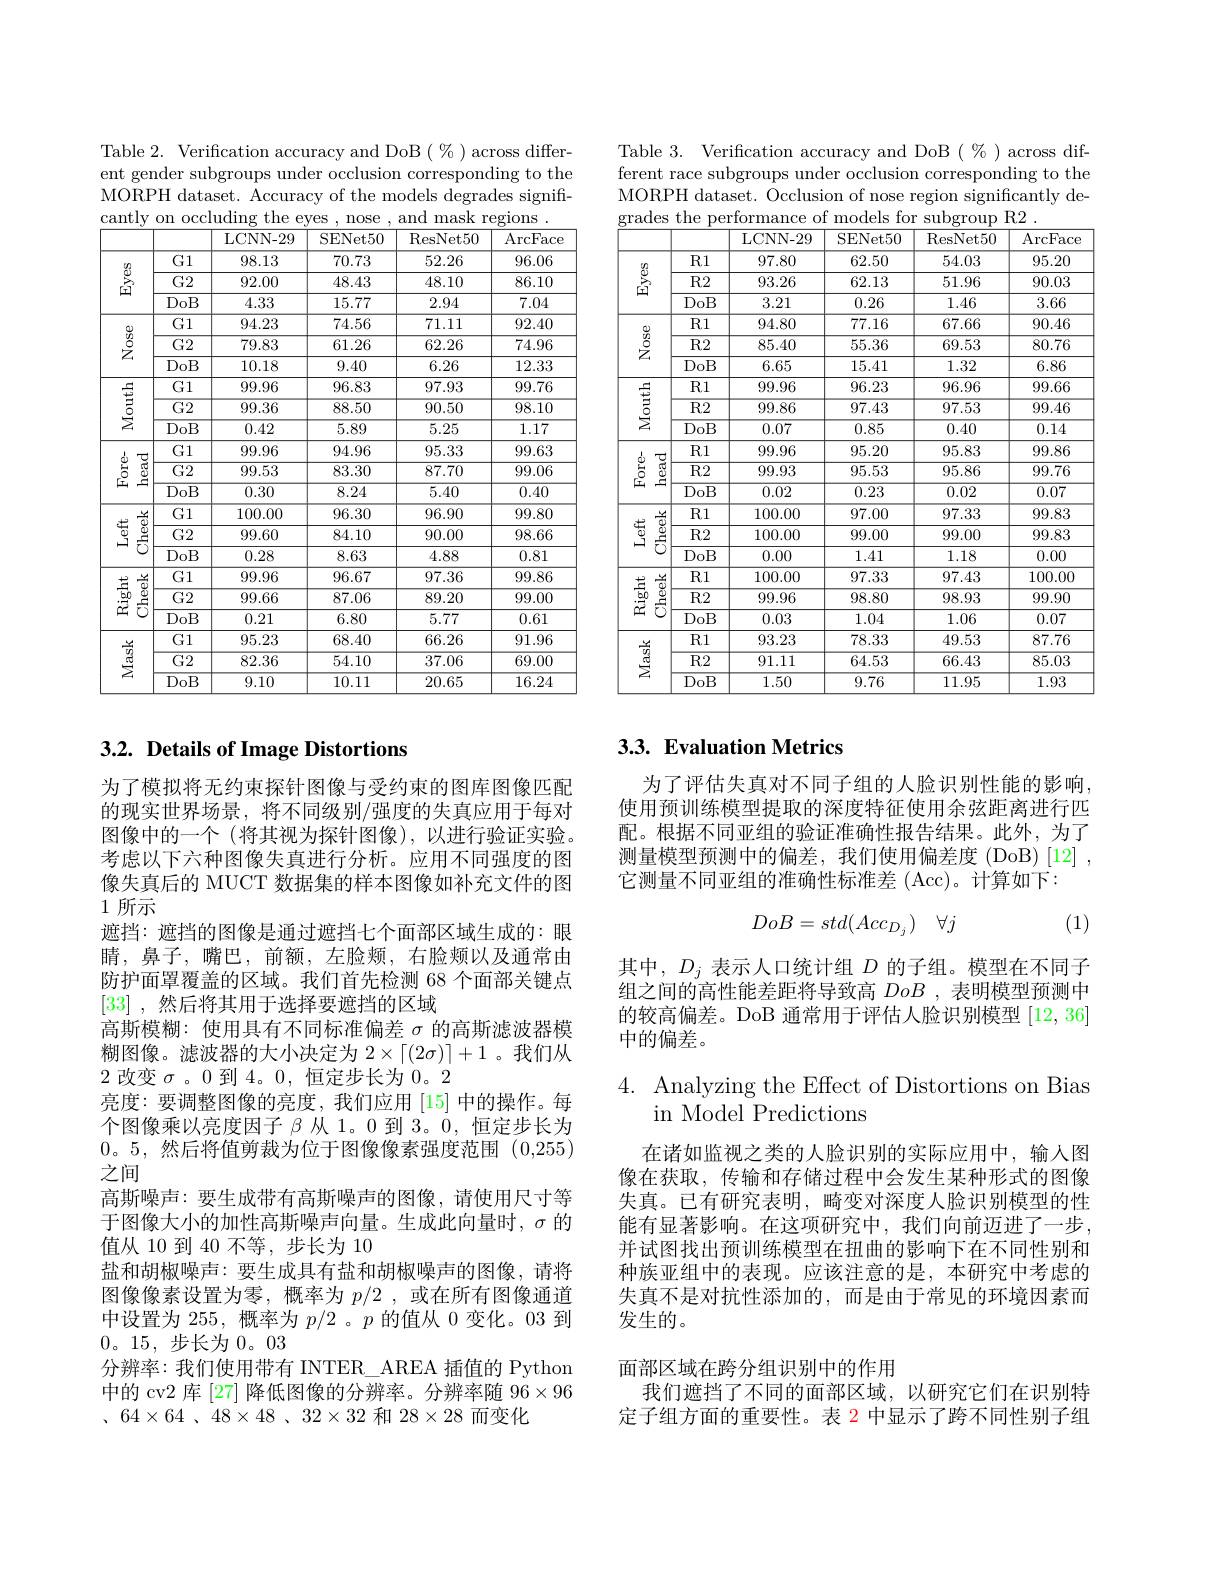
Table 2. Verification accuracy and DoB $(\%)$ across different gender subgroups under occlusion corresponding to the MORPH dataset. Accuracy of the models degrades signif-
<table>
	<tbody>
		<tr>
			<th> </th>
			<th> </th>
			<th>LCNN- 29</th>
			<th>SENet50</th>
			<th>ResNet50</th>
			<th>$\operatorname{ArcFace}$</th>
		</tr>
		<tr>
			<td rowspan="3">臺</td>
			<td>G1</td>
			<td>98.13</td>
			<td>70.73</td>
			<td>52.26</td>
			<td>96.06</td>
		</tr>
		<tr>
			<td>$G2$</td>
			<td>92.00</td>
			<td>48.43</td>
			<td>48.10</td>
			<td>86.10</td>
		</tr>
		<tr>
			<td>DoB</td>
			<td>4.33</td>
			<td>15.77</td>
			<td>2.94</td>
			<td>7.04</td>
		</tr>
		<tr>
			<td rowspan="3">$\stackrel{\textcircled{5}}{Z}$</td>
			<td>G1</td>
			<td>94.23</td>
			<td>74.56</td>
			<td>71.11</td>
			<td>92.40</td>
		</tr>
		<tr>
			<td>$\overline{\mathrm{G2}}$</td>
			<td>79.83</td>
			<td>61.26</td>
			<td>62.26</td>
			<td>74.96</td>
		</tr>
		<tr>
			<td>DoB</td>
			<td>10.18</td>
			<td>9.40</td>
			<td>6.26</td>
			<td>12.33</td>
		</tr>
		<tr>
			<td rowspan="3">$\begin{array}{c}{\frac{5}{3}}\\{\frac{5}{2}}\\\end{array}$</td>
			<td>G1</td>
			<td>99.96</td>
			<td>96.83</td>
			<td>97.93</td>
			<td>99.76</td>
		</tr>
		<tr>
			<td>$G2$</td>
			<td>99.36</td>
			<td>88.50</td>
			<td>90.50</td>
			<td>98.10</td>
		</tr>
		<tr>
			<td>DoB</td>
			<td>0.42</td>
			<td>5.89</td>
			<td>5.25</td>
			<td>1.17</td>
		</tr>
		<tr>
			<td rowspan="3">$\begin{array}{c}{\stackrel{1}{5}}\\{\stackrel{1}{5}{\pm}}\\\end{array}$ $\underline{\underline{a}}$</td>
			<td>G1</td>
			<td>99.96</td>
			<td>94.96</td>
			<td>95.33</td>
			<td>99.63</td>
		</tr>
		<tr>
			<td>$G2$</td>
			<td>99.53</td>
			<td>83.30</td>
			<td>87.70</td>
			<td>99.06</td>
		</tr>
		<tr>
			<td>DoB</td>
			<td>0.30</td>
			<td>8.24</td>
			<td>5.40</td>
			<td>0.40</td>
		</tr>
		<tr>
			<td rowspan="3">$\begin{array}{c}{\frac{\overrightarrow{\Phi}}{\textcircled{9}}}\\{\textcircled{5}}\\\end{array}$ </td>
			<td>G1</td>
			<td>100.00</td>
			<td>96.30</td>
			<td>96.90</td>
			<td>99.80</td>
		</tr>
		<tr>
			<td>$G2$</td>
			<td>99.60</td>
			<td>84.10</td>
			<td>90.00</td>
			<td>98.66</td>
		</tr>
		<tr>
			<td>DoB</td>
			<td>0.28</td>
			<td>8.63</td>
			<td>4.88</td>
			<td>0.81</td>
		</tr>
		<tr>
			<td rowspan="3">$\frac{\frac{50}{60}}{2}$ </td>
			<td>G1</td>
			<td>99.96</td>
			<td>96.67</td>
			<td>97.36</td>
			<td>99.86</td>
		</tr>
		<tr>
			<td>$G2$</td>
			<td>99.66</td>
			<td>87.06</td>
			<td>89.20</td>
			<td>99.00</td>
		</tr>
		<tr>
			<td>DoB</td>
			<td>0.21</td>
			<td>6.80</td>
			<td>5.77</td>
			<td>0.61</td>
		</tr>
		<tr>
			<td rowspan="3">$\stackrel{\stackrel{\rightharpoonup}{\underrightarrow{\underrightarrow{n}}}}{\stackrel{\Delta}{\operatorname*{\sum}}}$</td>
			<td>G1</td>
			<td>95.23</td>
			<td>68.40</td>
			<td>66.26</td>
			<td>91.96</td>
		</tr>
		<tr>
			<td>$G2$</td>
			<td>82.36</td>
			<td>54.10</td>
			<td>37.06</td>
			<td>69.00</td>
		</tr>
		<tr>
			<td>DoB</td>
			<td>9.10</td>
			<td>10.11</td>
			<td>20.65</td>
			<td>16.24</td>
		</tr>
	</tbody>
</table>

## 3.2. Details of Image Distortions

为了模拟将无约束探针图像与受约束的图库图像匹配的现实世界场景，将不同级别/强度的失真应用于每对图像中的一个 (将其视为探针图像),以进行验证实验。考虑以下六种图像失真进行分析。应用不同强度的图像失真后的 MUCT 数据集的样本图像如补充文件的图1 所示
遮挡：遮挡的图像是通过遮挡七个面部区域生成的：眼睛，鼻子，嘴巴，前额，左脸颊，右脸颊以及通常由防护面罩覆盖的区域。我们首先检测 68 个面部关键点[33] ,然后将其用于选择要遮挡的区域
高斯模糊：使用具有不同标准偏差$\sigma$的高斯滤波器模糊图像。滤波器的大小决定为$2\times\lceil(2\sigma)\rceil+1$ 。我们从2改变$\sigma$ 。0到4。0,恒定步长为0。2
亮度：要调整图像的亮度，我们应用[15]中的操作。每个图像乘以亮度因子$\beta$从 1。0 到 3。0, 恒定步长为0。5,然后将值剪裁为位于图像像素强度范围(0,255) 之间
高斯噪声：要生成带有高斯噪声的图像，请使用尺寸等于图像大小的加性高斯噪声向量。生成此向量时，$\sigma$的值从 10 到 40 不等，步长为 10
盐和胡椒噪声：要生成具有盐和胡椒噪声的图像，请将图像像素设置为零，概率为$p/2$ ,或在所有图像通道中设置为255，概率为$p/2$ 。$p$的值从 0 变化。03 到0。15,步长为0。03
分辨率：我们使用带有 INTER\_AREA 插值的 Python 中的 cv2 库 [27] 降低图像的分辨率。分辨率随$96\times96$ $、 64\times 64$ $、 48\times 48$ $、 32\times 32$和$28\times28$而变化

Table 3. Verification accuracy and DoB $(\%)$ across different race subgroups under occlusion corresponding to the MORPH dataset. Occlusion of nose region significantly de-
<table>
	<tbody>
		<tr>
			<th> </th>
			<th> </th>
			<th>LCNN- 29</th>
			<th>SENet50</th>
			<th>ResNet50</th>
			<th>ArcFace</th>
		</tr>
		<tr>
			<td rowspan="3">$\overset{\textcircled{8}}{\operatorname*{\operatorname*{\operatorname*{\mathrm{G}}}}}$</td>
			<td>$R1$</td>
			<td>97.80</td>
			<td>62.50</td>
			<td>54.03</td>
			<td>95.20</td>
		</tr>
		<tr>
			<td>$R2$</td>
			<td>93.26</td>
			<td>62.13</td>
			<td>51.96</td>
			<td>90.03</td>
		</tr>
		<tr>
			<td>DoB</td>
			<td>3.21</td>
			<td>0.26</td>
			<td>1.46</td>
			<td>3.66</td>
		</tr>
		<tr>
			<td rowspan="3">$\begin{array}{c}\frac{0}{2}\\\frac{0}{2}\\\frac{0}{2}\end{array}$</td>
			<td>$R1$</td>
			<td>94.80</td>
			<td>77.16</td>
			<td>67.66</td>
			<td>90.46</td>
		</tr>
		<tr>
			<td>$R2$</td>
			<td>85.40</td>
			<td>55.36</td>
			<td>69.53</td>
			<td>80.76</td>
		</tr>
		<tr>
			<td>DoB</td>
			<td>6.65</td>
			<td>15.41</td>
			<td>1.32</td>
			<td>6.86</td>
		</tr>
		<tr>
			<td rowspan="3">$\begin{array}{c}{\frac{5}{3}}\\{\frac{5}{2}}\\\end{array}$</td>
			<td>$R1$</td>
			<td>99.96</td>
			<td>96.23</td>
			<td>96.96</td>
			<td>99.66</td>
		</tr>
		<tr>
			<td>$R2$</td>
			<td>99.86</td>
			<td>97.43</td>
			<td>97.53</td>
			<td>99.46</td>
		</tr>
		<tr>
			<td>DoB</td>
			<td>0.07</td>
			<td>0.85</td>
			<td>0.40</td>
			<td>0.14</td>
		</tr>
		<tr>
			<td rowspan="3">$\stackrel{\dot{\varrho}}{\underline{\Xi}}$ $\underline{\underline{a}}$</td>
			<td>R1</td>
			<td>99.96</td>
			<td>95.20</td>
			<td>95.83</td>
			<td>99.86</td>
		</tr>
		<tr>
			<td>$R2$</td>
			<td>99.93</td>
			<td>95.53</td>
			<td>95.86</td>
			<td>99.76</td>
		</tr>
		<tr>
			<td>$\overline{\mathrm{DoB}}$</td>
			<td>0.02</td>
			<td>0.23</td>
			<td>0.02</td>
			<td>0.07</td>
		</tr>
		<tr>
			<td rowspan="3">$\begin{array}{c}{\frac{\overrightarrow{\Phi}}{\textcircled{9}}}\\{\textcircled{5}}\\\end{array}$ </td>
			<td>R1</td>
			<td>100.00</td>
			<td>97.00</td>
			<td>97.33</td>
			<td>99.83</td>
		</tr>
		<tr>
			<td>$R2$</td>
			<td>100.00</td>
			<td>99.00</td>
			<td>99.00</td>
			<td>99.83</td>
		</tr>
		<tr>
			<td>DoB</td>
			<td>0.00</td>
			<td>1.41</td>
			<td>1.18</td>
			<td>0.00</td>
		</tr>
		<tr>
			<td rowspan="3">$\frac{\frac{50}{60}}{2}$ $\begin{smallmatrix}\frac{\overrightarrow{\Phi}}{\overrightarrow{\Phi}}\\\textcircled{5}\end{smallmatrix}$</td>
			<td>$R1$</td>
			<td>100.00</td>
			<td>97.33</td>
			<td>97.43</td>
			<td>100.00</td>
		</tr>
		<tr>
			<td>$R2$</td>
			<td>99.96</td>
			<td>98.80</td>
			<td>98.93</td>
			<td>99.90</td>
		</tr>
		<tr>
			<td>DoB</td>
			<td>0.03</td>
			<td>1.04</td>
			<td>1.06</td>
			<td>0.07</td>
		</tr>
		<tr>
			<td rowspan="3">$\sum_{i=1}^{\frac{1}{n}}$</td>
			<td>$R1$</td>
			<td>93.23</td>
			<td>78.33</td>
			<td>49.53</td>
			<td>87.76</td>
		</tr>
		<tr>
			<td>$\overline{\mathrm{R2}}$</td>
			<td>91.11</td>
			<td>64.53</td>
			<td>66.43</td>
			<td>85.03</td>
		</tr>
		<tr>
			<td>DoB</td>
			<td>1.50</td>
			<td>9.76</td>
			<td>11.95</td>
			<td>1.93</td>
		</tr>
	</tbody>
</table>

## 3.3. Evaluation Metrics

为了评估失真对不同子组的人脸识别性能的影响使用预训练模型提取的深度特征使用余弦距离进行匹配。根据不同亚组的验证准确性报告结果。此外，为了测量模型预测中的偏差，我们使用偏差度(DoB)[12] 它测量不同亚组的准确性标准差 (Acc)。计算如下：
$$DoB=std(Acc_{D_j})\quad\forall j$$
(1)

其中，$D_j$表示人口统计组$D$的子组。模型在不同子组之间的高性能差距将导致高DoB ,表明模型预测中的较高偏差。DoB 通常用于评估人脸识别模型[12,36] 中的偏差。

4. Analyzing the Effect of Distortions on Bias
in Model Predictions

在诸如监视之类的人脸识别的实际应用中，输入图像在获取，传输和存储过程中会发生某种形式的图像失真。已有研究表明，畸变对深度人脸识别模型的性能有显著影响。在这项研究中，我们向前迈进了一步， 并试图找出预训练模型在扭曲的影响下在不同性别和种族亚组中的表现。应该注意的是，本研究中考虑的失真不是对抗性添加的，而是由于常见的环境因素而发生的。

面部区域在跨分组识别中的作用

我们遮挡了不同的面部区域，以研究它们在识别特定子组方面的重要性。表 2 中显示了跨不同性别子组